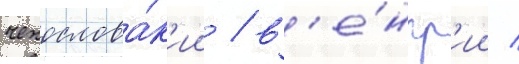
чехослова́к'ии / в'е́нгр'ии /